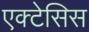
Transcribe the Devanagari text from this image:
एक्टेसिस